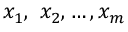
x _ { 1 } , \ x _ { 2 } , \ldots , x _ { m }